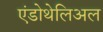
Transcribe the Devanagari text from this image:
एंडोथेलिअल